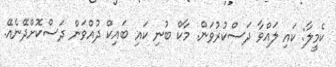
ކެމީލާ: ކައި ލައްވާ ދަސްކުރުވަން. މާކް ބުނި ކައި ބައިކް ދުއްވަން ދަސްކޮށްދޭނެއޭ.